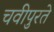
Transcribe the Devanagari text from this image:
चवीपुरते